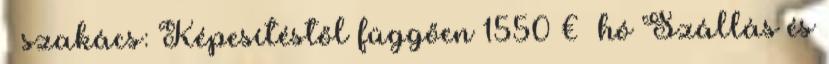
szakács: Képesítéstől függően 1550 € hó Szállás és